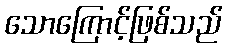
သောကြောင့်ဖြစ်သည်